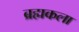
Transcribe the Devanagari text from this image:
ब्रह्मकला